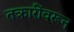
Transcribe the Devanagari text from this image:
तक्रारींवरून